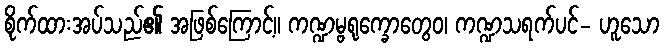
စိုက်ထားအပ်သည်၏ အဖြစ်ကြောင့်။ ကဏ္ဍမ္ဗရုက္ခောတွေဝ၊ ကဏ္ဍသရက်ပင်- ဟူသော